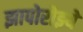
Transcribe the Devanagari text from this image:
झापोरोझ्ये